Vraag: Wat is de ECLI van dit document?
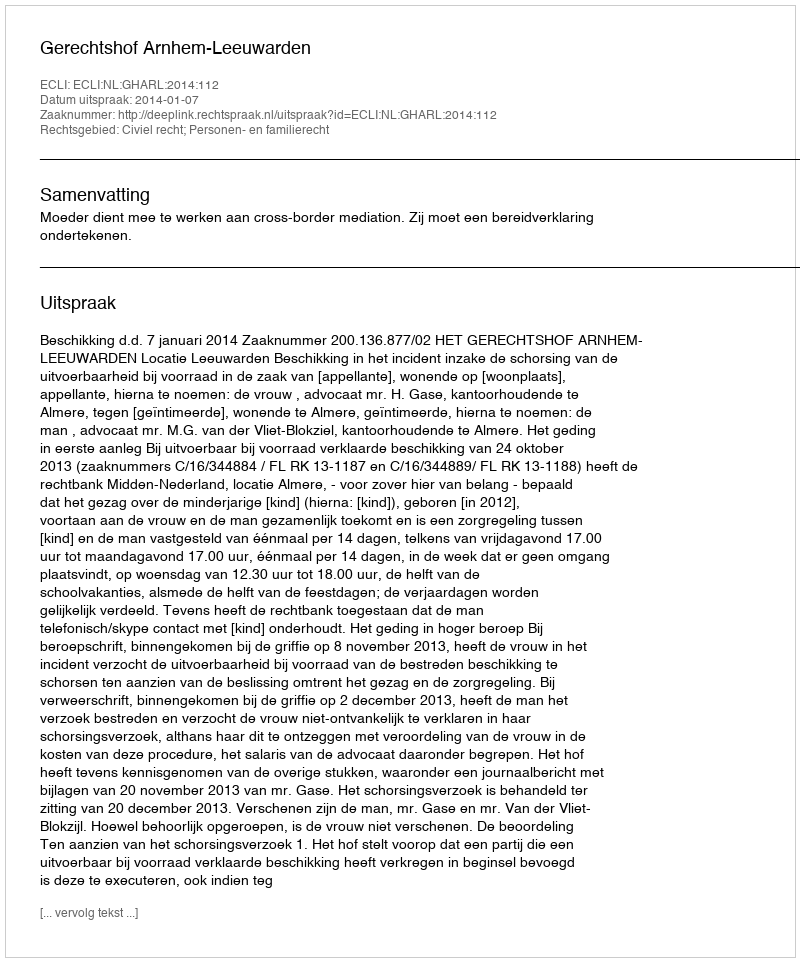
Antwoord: ECLI:NL:GHARL:2014:112